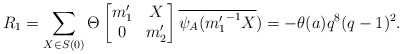
\begin{align*} R_1=\sum_{X \in S(0)}\Theta \begin{bmatrix} m_1' & X\\ 0 & m_2' \end{bmatrix} \overline{\psi_A({m_1'}^{-1}X})=-\theta(a)q^8(q-1)^2. \end{align*}